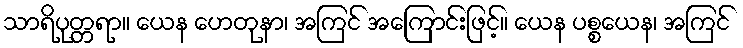
သာရိပုတ္တရာ။ ယေန ဟေတုနာ၊ အကြင် အကြောင်းဖြင့်။ ယေန ပစ္စယေန၊ အကြင်